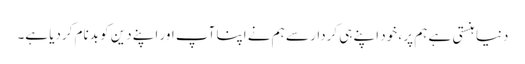
دنیا ہنستی ہے ہم پر ، خود اپنے ہی کردار سے ہم نے اپنا آپ اور اپنے دین کو بدنام کردیا ہے۔